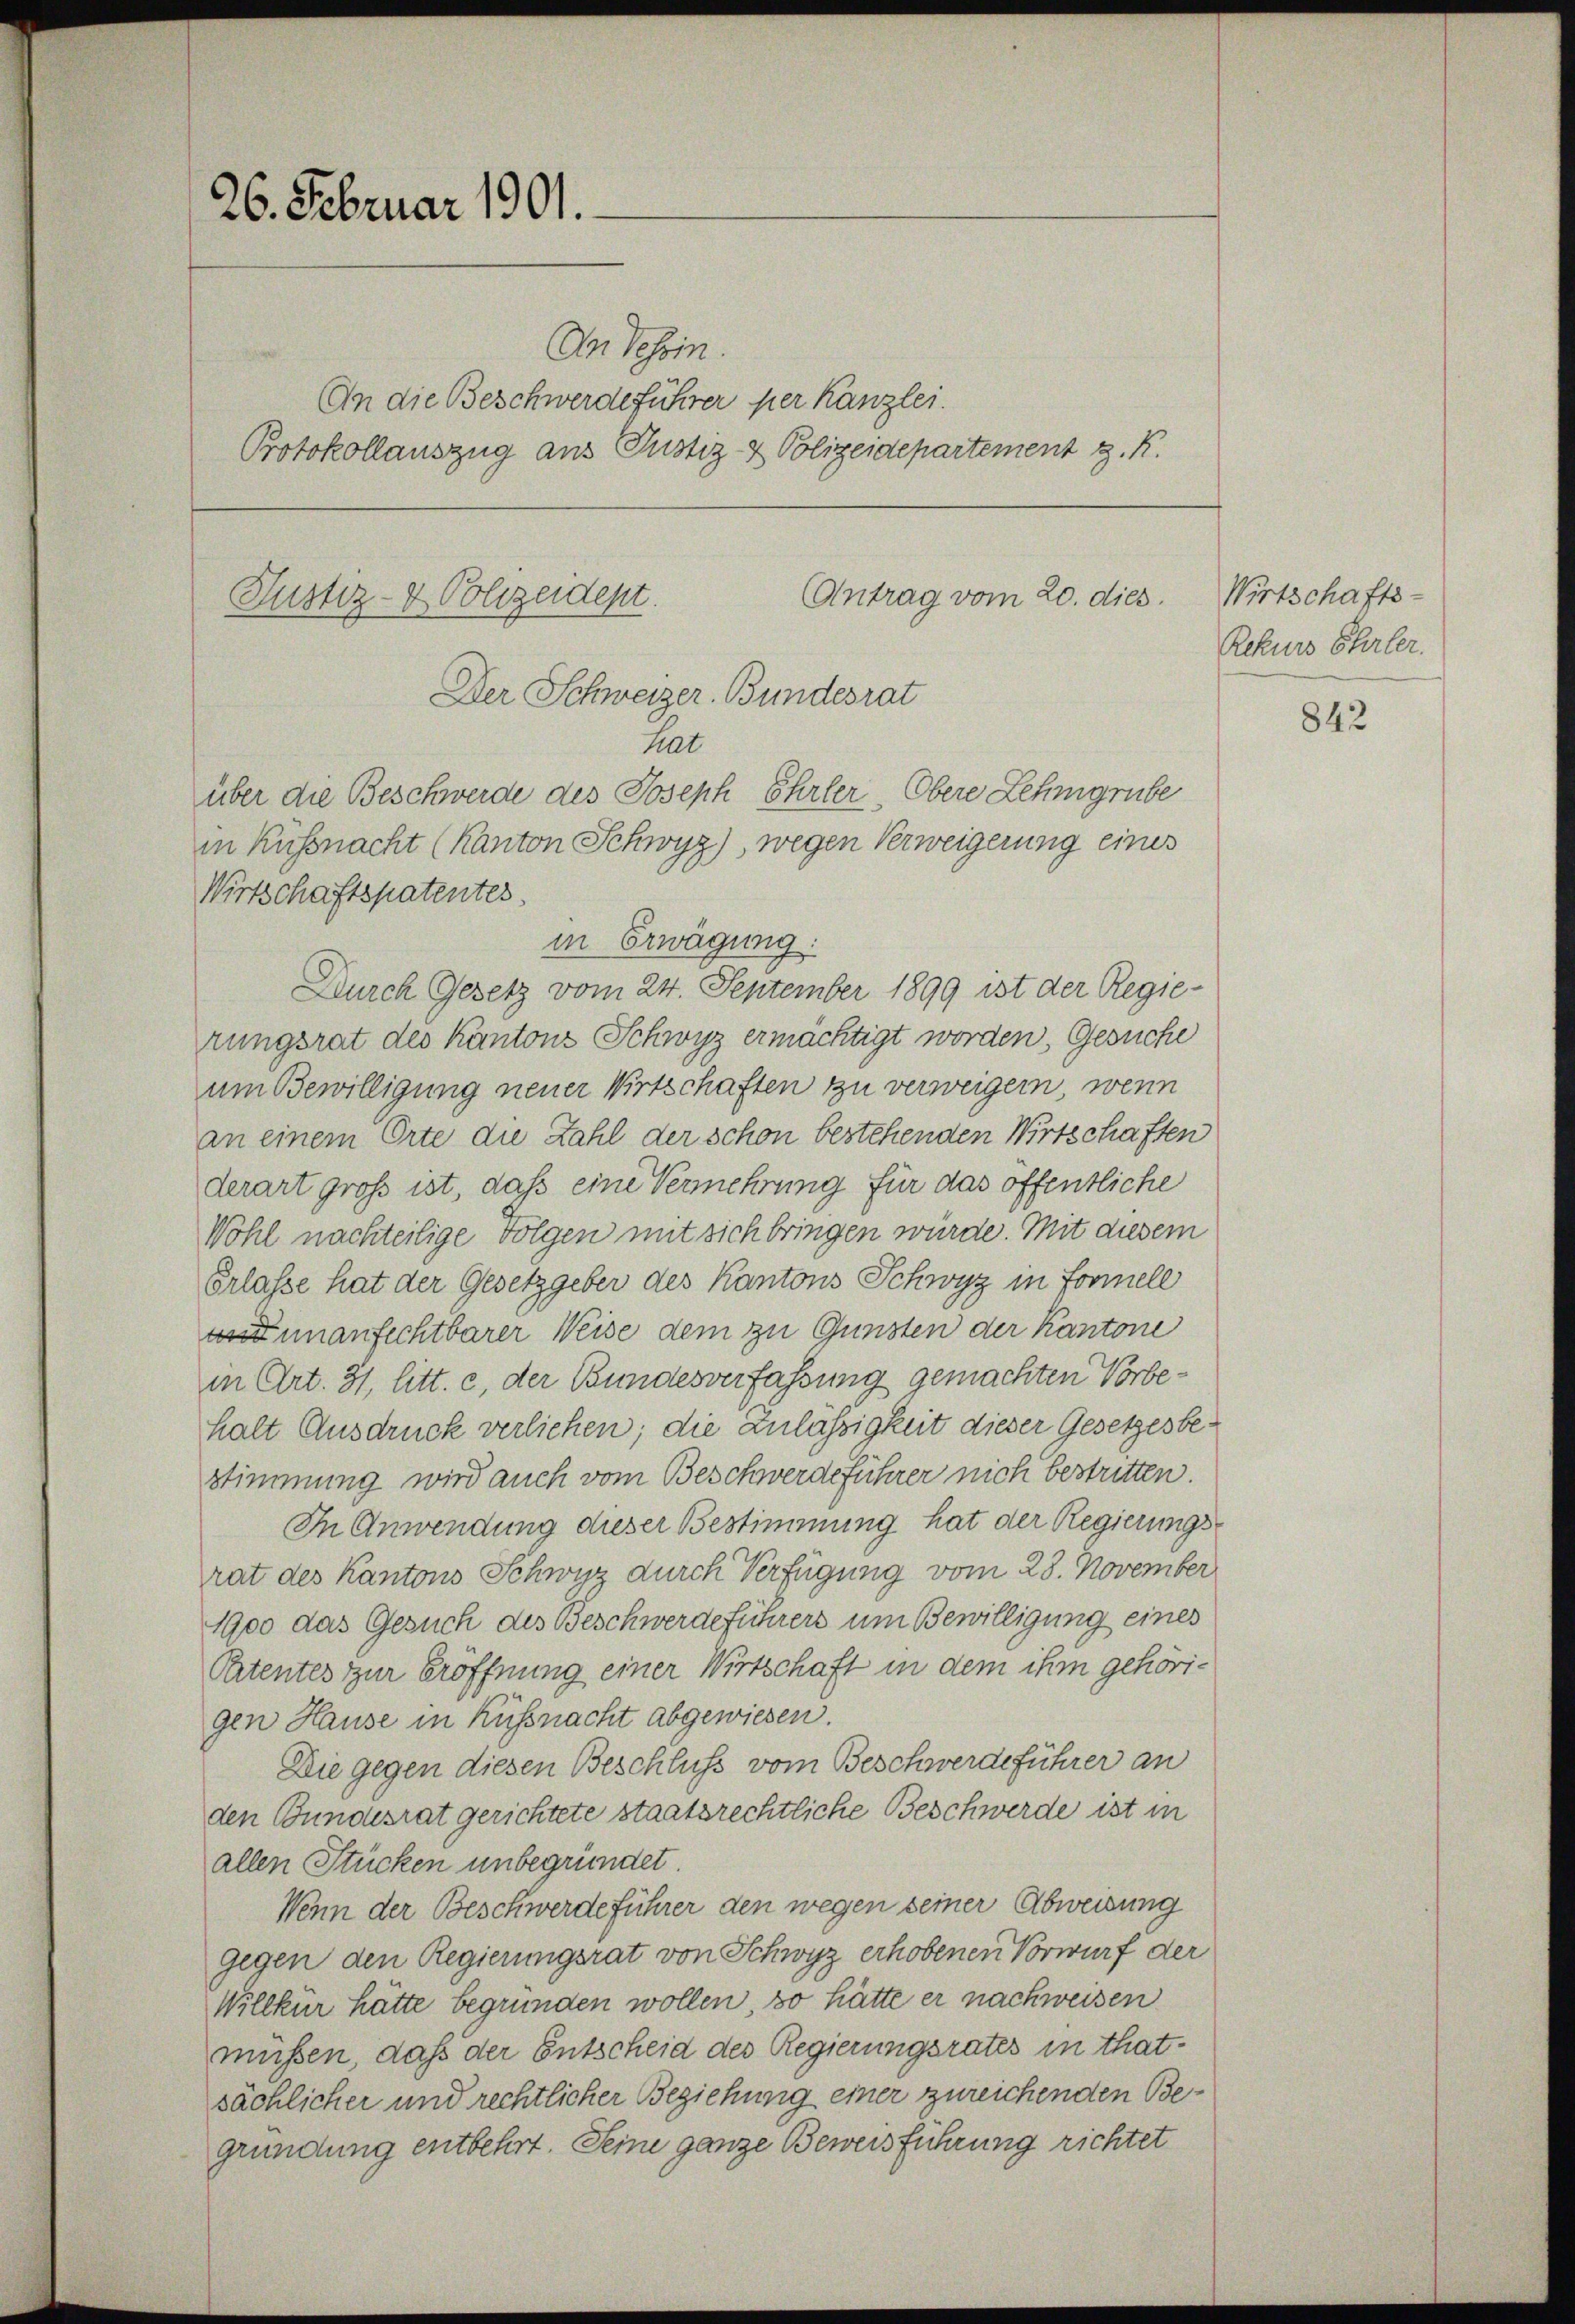
26. Februar 1901.

Antrag vom 20. dies
Justiz- & Polizeidept.
Der Schweizer. Bundesrat
hat
über die Beschwerde des Joseph Ehrler, Obere Lehngrube
in Küssnacht (Kanton Schwyz), wegen Verweigerung eines

Wirtschaftspatentes

An besoin.
An die Beschwerdeführer per Kanzlei.
Protokollauszug aus Justiz- & Polizeidepartement z. K.

in Erwägung:
Durch Gesetz vom 24. September 1899 ist der Regierungsrat des Kantons Schwyz ermächtigt worden, Gesuche
um Bewilligung neuer Wirtschaften zu verweigen, wenn
an einem Orte die Zahl der schon bestehenden Wirtschaften
derart groß ist, daß eine Vermehrung für das öffentliche
Wohl nachteilige Folgen mit sich bringen würde. Mit diesem
Erlasse hat der Gesetzgeber des Kantons Schwyz in Formell
 unanfechtbarer Weise dem zu Gunsten der Kantone
in Art. 31, litt. c, der Bundesverfassung gemachten Vorbehalt Ausdruck verliehen; die Zulässigkeit dieser Gesetzesbestimmung wird auch vom Beschwerdeführer nich bestritten.
In Anwendung dieser Bestimmung hat der Regierungsrat des Kantons Schwyz durch Verfügung vom 23. November
1900 das Gesuch des Beschwerdeführers um Bewilligung eines
Petentes zur Eröffnung einer Wirtschaft in dem ihm gehörigen Hause in Küssnacht abgewiesen
Die gegen diesen Beschluss vom Beschwerdeführer an
den Bundesrat gerichtete staatsrechtliche Beschwerde ist in
allen Stücken unbegründet
Wenn der Beschwerdeführer den wegen seiner Abweisung
gegen den Regierungsrat von Schwyz erhobenen Vorwurf der
Willkür hätte begründen wollen, so hätte er nachweisen
müssen, daß der Entscheid des Regierungsrates in thatsächlicher und rechtlicher Beziehung einer zureichenden Begründung entbehrt. Seine ganze Beweisführung richtet

Wirtschafts-
Rekurs Ehrler.

842